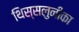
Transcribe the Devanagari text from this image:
थिस्सलुनीका